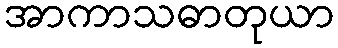
အာကာသဓာတုယာ